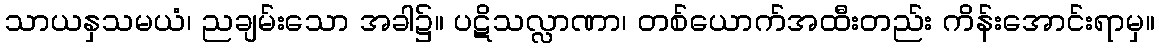
သာယနှသမယံ၊ ညချမ်းသော အခါ၌။ ပဋိသလ္လာဏာ၊ တစ်ယောက်အထီးတည်း ကိန်းအောင်းရာမှ။